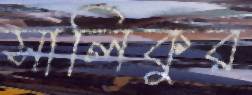
সালিকুর